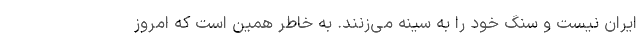
ایران نیست و سنگ خود را به سینه می‌زنند. به خاطر همین است که امروز